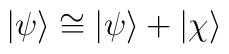
|\psi\rangle\cong|\psi\rangle +|\chi\rangle